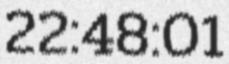
22:48:01